Annual administration report of the Civil Veterinary Department of India - 1896-1897
Year: 1896
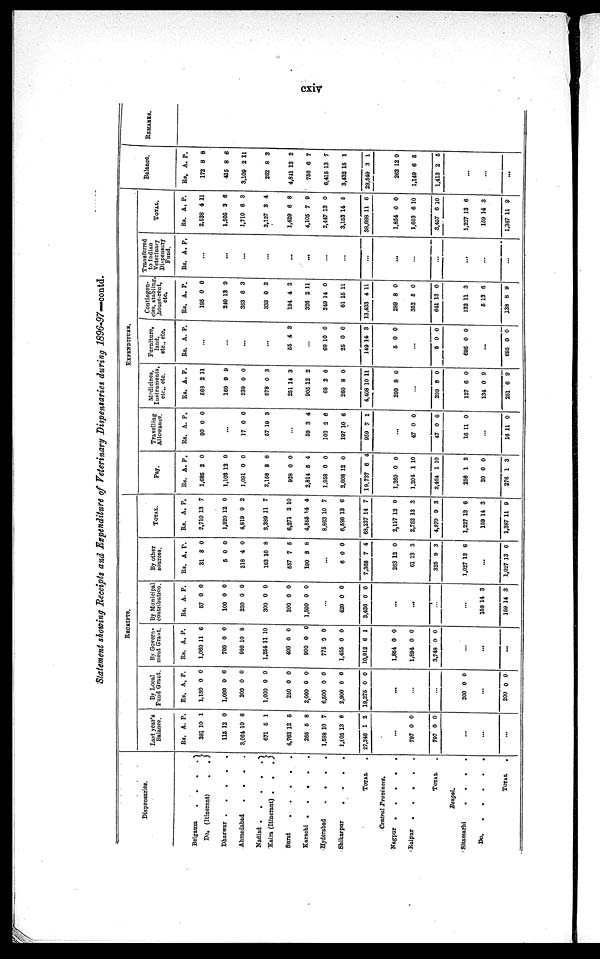
cxiv
Statement showing Receipts and Expenditure of Veterinary Dispensaries during 1896-97—contd.
Dispensaries.
Belgaum
.
.
.
.
Do. (Itinerant)
.
.
Dhatwar . . . . .
Ahmedabad
.
.
.
.
Nadiad . . . . .
Kaira (Itinerant) .
.
.
Burat . . . . .
Karachi .
.
.
.
.
Hyderabad . . . .
Shikarpur . . . .
TOTAL .
Central
Provinces.
Nagpur
.
.
.
.
.
Raipui
.
.
.
.
.
TOTAL .
Bengal.
Sitamarhi
.
.
.
.
Do
.
.
.
.
.
.
TOTAL .
RROEIPTS.
Last year's
Balance.
Rs. A. P.
381 10 1
115 12 0
3,084 10 6
671 6 1
4,763 12 5
265 5 8
1,588 10 7
1,805 13 6
27,246 1 2
...
797 0 0
797 0 0
...
...
...
By Local
Fund Grant.
Rs. A. P.
1,180 0 0
1,000 0 0
300 0 0
1,000 0 0
260 0 0
2,000 0 0
6,500 0 0
2,900 0 0
19,275 0 0
...
...
...
200 0 0
...
200 0 0
By Govera-
ment Grant.
Rs. A. P.
1,060 11 6
700 0 0
986 10 8
1,254 11 10
400 0 0
900 0 0
775 0 0
1,455 0 0
10,912 6 1
1,854 0 0
1,894 0 0
3,748 0 0
...
...
...
By Municipal
contribution.
Rs. A. P.
57 0 0
100 0 0
250 0 0
300 0 0
300 0 0
1,500 0 0
...
420 0 0
3,436 0 0
...
...
...
...
159 14 3
159 14 3
By other
sources.
Rs. A. P.
31 8 0
5 0 0
218 4 0
163 10 8
557 7 5
190 8 8
...
6 0 0
7,368 7 4
263 12 0
61 13 3
325 9 3
1,027 13 6
...
1,027 13 6
TOTAL.
Rs. A. P.
2,710 13 7
1,920 12 0
4,319 9 2
3,389 11 7
6,271 3 10
4,865 14 4
8,863 10 7
6,536 13 6
68,237 14 7
2,117 12 0
2,752 13 3
4,870 9 3
1,227 13 6
159 14 3
1,387 11 9
EXPENDITURE.
Pay.
Rs. A. P.
1,685 2 0
1,103 12 0
1,091 0 0
2,158 8 8
928 0 0
2,814 5 4
1,958 0 0
2,608 12 0
19,737 6 4
1,260 0 0
1,204 1 10
2,464 1 10
256 1 3
20 0 0
276 1 3
Travelling
Allowance.
Rs. A. P.
90 0 0
...
17 0 0
57 10 3
...
59 3 4
102 2 6
197 10 6
959 7 1
...
47 0 0
47 0 0
16 11 0
...
16 11 0
Medicines,
Instruments,
etc., etc.
Rs. A. P.
568 2 11
160 9 9
239 0 0
578 0 3
251 14 3
905 12 2
68 2 6
260 8 0
4,408 10 11
299 8 0
...
299 8 0
127 6 0
134 0 9
261 6 9
Furniture,
land,
etc., etc.
Rs. A. P.
...
...
...
...
65 4 3
...
69 10 0
25 0 0
149 14 3
5 0 0
...
5 0 0
695 0 0
...
695 0 0
Contingen-
cies, stabling
house-rent,
etc.
Rs, A. P.
195 0 0
240 13 9
363 6 3
333 0 2
194 4 2
326 2 11
249 14 0
61 15 11
13,433 4 11
289 8 0
352 6 0
641 13 0
132 11 3
5 13 6
138 8 9
Transferred
to Indian
Veterinary
Dispensary
Fund.
Rs. A. P.
...
...
...
...
...
...
...
...
...
...
...
...
...
...
...
TOTAL.
Rs. A, P.
2,538 4 11
1.505 3 6
1,710 6 3
3,127 3 4
1,429 6 8
4,105 7 9
2,447 13 0
3,153 14 5
38,688 11 6
1,854 0 0
1,603 6 10
3,457 6 10
1,227 13 6
159 14 3
1,387 11 9
Balance.
Rs. A. P.
172 8 8
415 8 6
3,109 2 11
262 8 3
4,811 13 2
760 6 7
6,415 13 7
3,432 15 1
29,549 3 1
263 12 0
1,149 6 6
1,413 2 5
...
...
...
REMARKS.